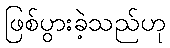
ဖြစ်ပွားခဲ့သည်ဟု